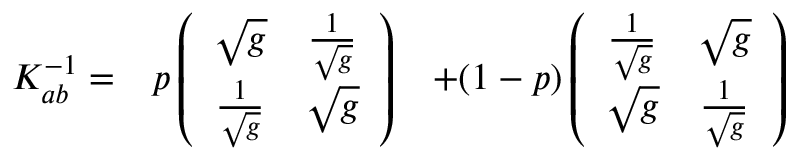
\begin{array} { c c c } { { K _ { a b } ^ { - 1 } = } } & { { p \left( \begin{array} { c c } { { \sqrt { g } } } & { { { \frac { 1 } { \sqrt { g } } } } } \\ { { { \frac { 1 } { \sqrt { g } } } } } & { { \sqrt { g } } } \end{array} \right) } } & { { + ( 1 - p ) \left( \begin{array} { c c } { { { \frac { 1 } { \sqrt { g } } } } } & { { \sqrt { g } } } \\ { { \sqrt { g } } } & { { { \frac { 1 } { \sqrt { g } } } } } \end{array} \right) } } \end{array}